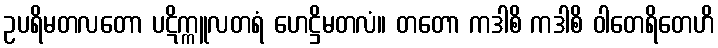
ဥပရိမတလတော ပဋိက္ကူလတရံ ဟေဋ္ဌိမတလံ။ တတော ကဒါစိ ကဒါစိ ဝါတေရိတေဟိ